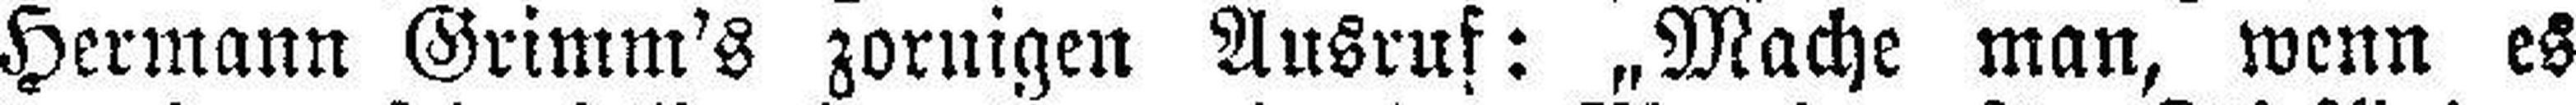
Hermann Grimm's zornigen Ausruf: „Mache man, wenn es